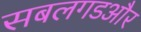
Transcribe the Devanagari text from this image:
सबलगडऔर